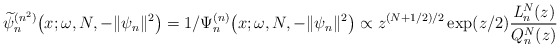
\begin{align*} \widetilde{\psi }_{n}^{(n^{2})}\big(x;\omega ,N,-\Vert \psi _{n} \Vert ^{2}\big)=1/\Psi _{n}^{(n) }\big(x;\omega ,N,- \Vert \psi _{n} \Vert ^{2}\big)\propto z^{(N+1/2) /2}\exp ( z/2 ) \frac{\mathit{L}_{n}^{N}(z) }{Q_{n}^{N}(z)} \end{align*}